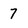
Character: 7